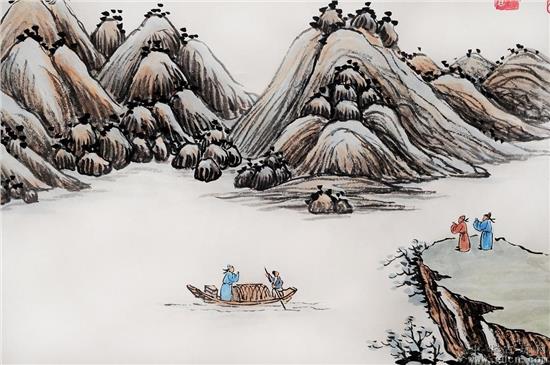
春草明年绿，王孙归不归？